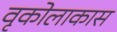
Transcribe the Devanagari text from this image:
वृकोलाकास